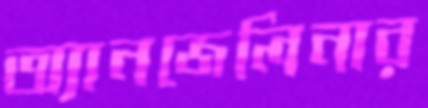
অ্যানজেলিনার